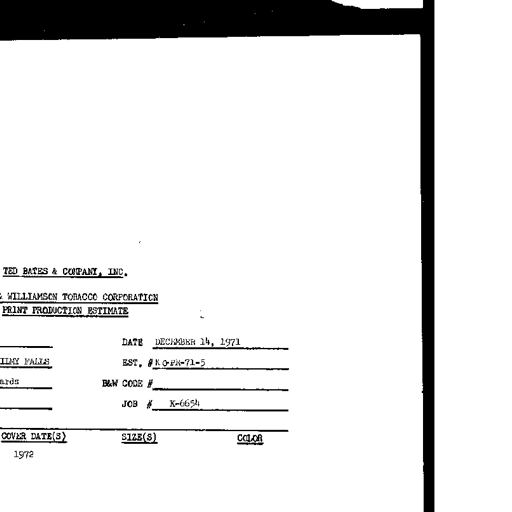
TED BATES & COMPANY, INC.
WILLIAMSON TOBACCO CORPORATION
PRINT PRODUCTION ESTIMATE
DATE DECEMBER 14, 1971
EST. # KO-PR-71-5
B&W CODE #
JOB # K-6654
COVER DATE(S) SIZE(S) COLOR
1972